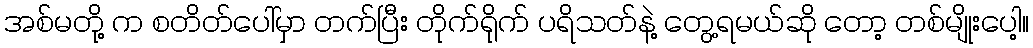
အစ်မတို့ က စတိတ်ပေါ်မှာ တက်ပြီး တိုက်ရိုက် ပရိသတ်နဲ့ တွေ့ရမယ်ဆို တော့ တစ်မျိုးပေါ့။